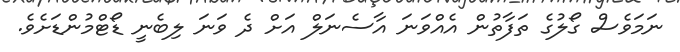
ނަމަވެސް ގޯލުގެ ތަފާތުން އެއްވަނަ އާސެނަލް އަށް ދެ ވަނަ ލިބެނީ ޑޯޓްމުންޑަށެވެ.